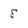
Character: 8